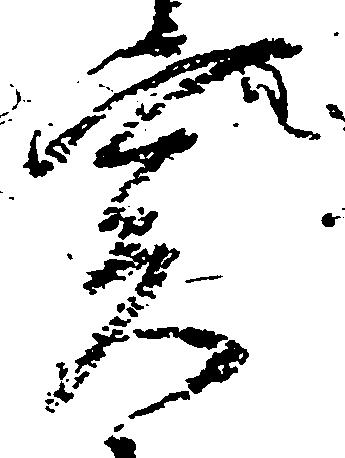
実